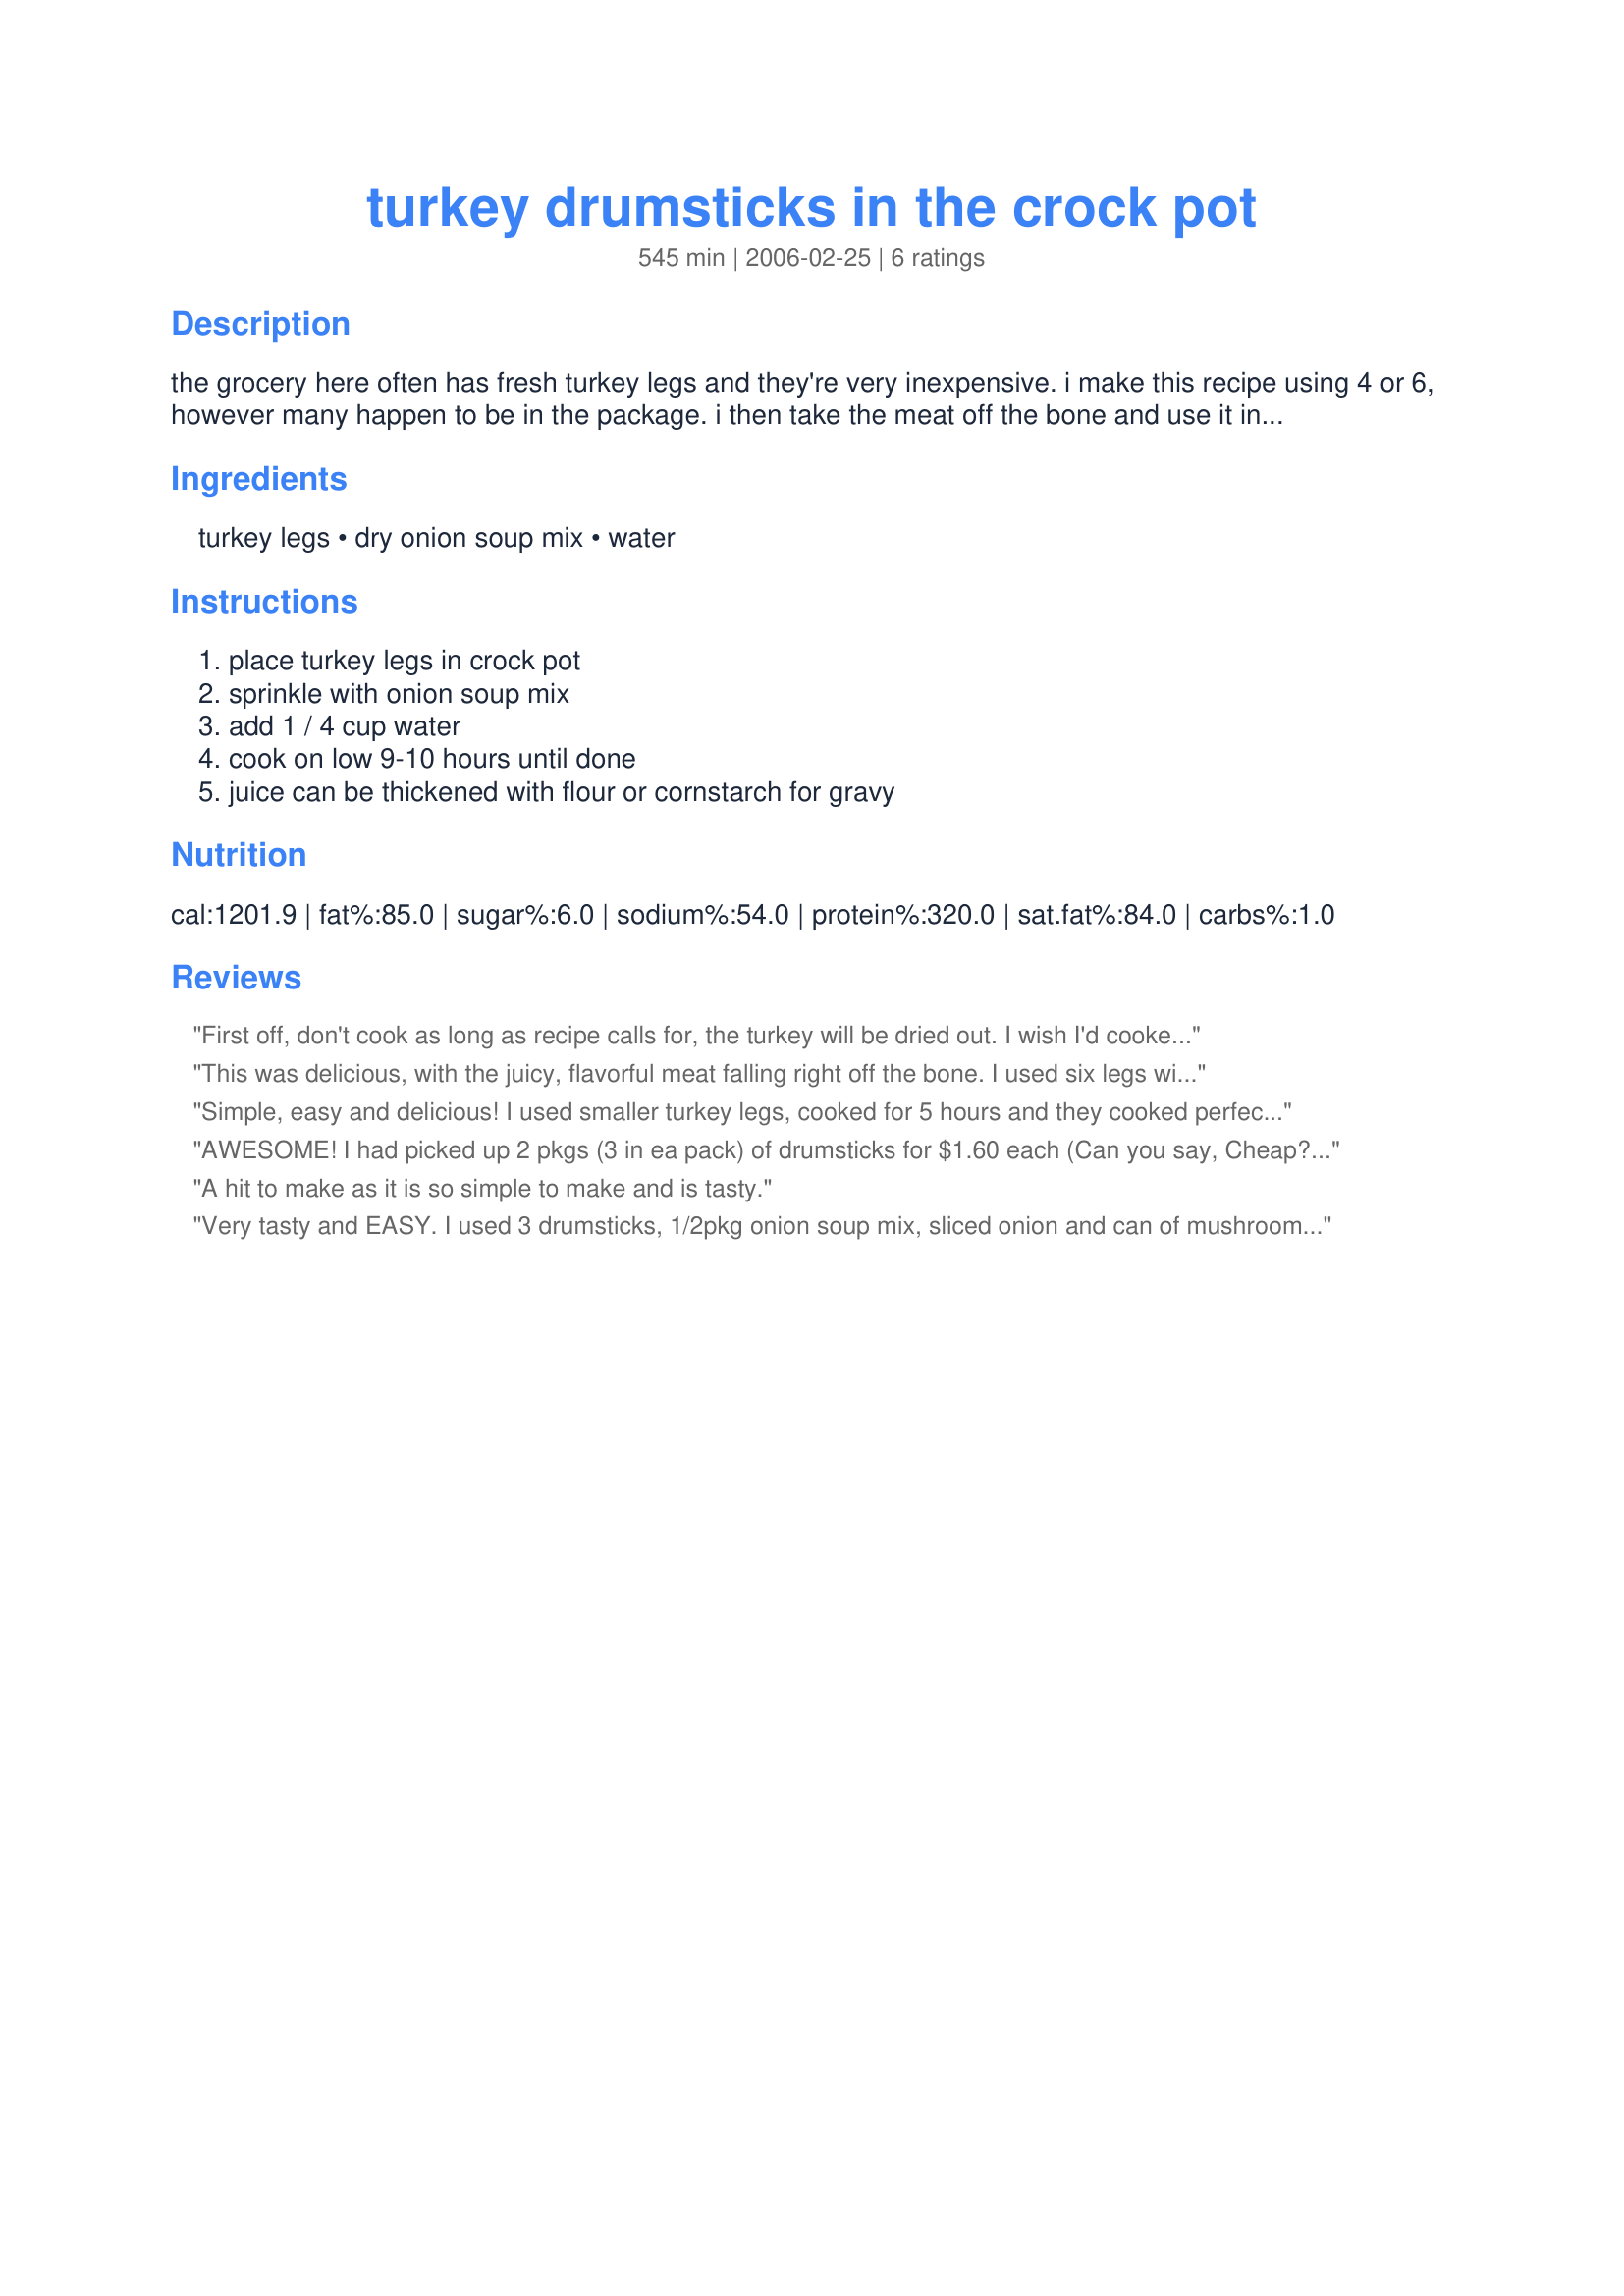
turkey drumsticks in the crock pot
Preparation time: 545 minutes

the grocery here often has fresh turkey legs and they're very inexpensive. i make this recipe using 4 or 6, however many happen to be in the package. i then take the meat off the bone and use it in recipes that call for cooked chicken or turkey.

Ingredients:
turkey legs, dry onion soup mix, water

Steps:
place turkey legs in crock pot, sprinkle with onion soup mix, add 1 / 4 cup water, cook on low 9-10 hours until done, juice can be thickened with flour or cornstarch for gravy

Reviews:
First off, don't cook as long as recipe calls for, the turkey will be dried out. I wish I'd cooked it about 5 hours as I tasted it at that point & it was moist & lovely, falling off the bone but by the time my honey got home (about 7 hours cook time) it was dried out & not very good. I did use cooking sherry instead of water & the flavor at first tasting was lovely, would have been wonderful had I served it after 5 hours on low so I'll give it 4 stars & remember to cook it 4 or 5 hours next time.
This was delicious, with the juicy, flavorful meat falling right off the bone. I used six legs with skin removed. I used Recipe #223023, and substituted 1/4 cup white wine for the water. It was a hit with my family! This is also definitely a very simple way to prepare cooked chicken or turkey for other recipes that call for it.
Simple, easy and delicious! I used smaller turkey legs, cooked for 5 hours and they cooked perfectly. I did add 1 cup of water and when they'd legs were done I made gravy. Served with potatoes and green beans, it was a tasty meal!
AWESOME! I had picked up 2 pkgs (3 in ea pack) of drumsticks for $1.60 each (Can you say, Cheap?!) and found your great recipe when searching for something easier than baking them in the oven. Here's what I did:
Put 3 drumsticks in the crock pot. I had seasoned them w/turkey rub and marinated them for about an hour w/some red wine vinegar...maybe 2T. Instead of the onion soup mix, I cut up a whole onion and threw that in. Decided while I was at it, I'd throw in some baby carrots and potatoes (small ones...quartered) as well. Cooked 3 hours on High. DELICIOUS and perfectly done!
This made an awesome, quick, healthy meal! A friend was over for lunch and she loved it too.
I will most definitely be making this again!!
A hit to make as it is so simple to make and is tasty.
Very tasty and EASY. I used 3 drumsticks, 1/2pkg onion soup mix, sliced onion and can of mushrooms, cooked on high 3 1/2 hr, thickened the juice and served over pasta. My husband says this is a keeper.
